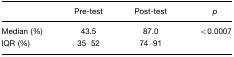
|  | Pre-test | Post-test | p |
 | --- | --- | --- | --- |
 | Median (%) | 43.5 | 87.0 | <0.0007 |
 | IQR (%) | 35–52 | 74–91 |  |